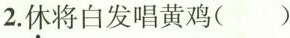
2.\underset{·}{休}将白发唱黄鸡( )